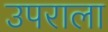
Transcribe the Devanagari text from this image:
उपराला